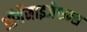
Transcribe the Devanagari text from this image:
ऑर्गेनाइजेशन्स